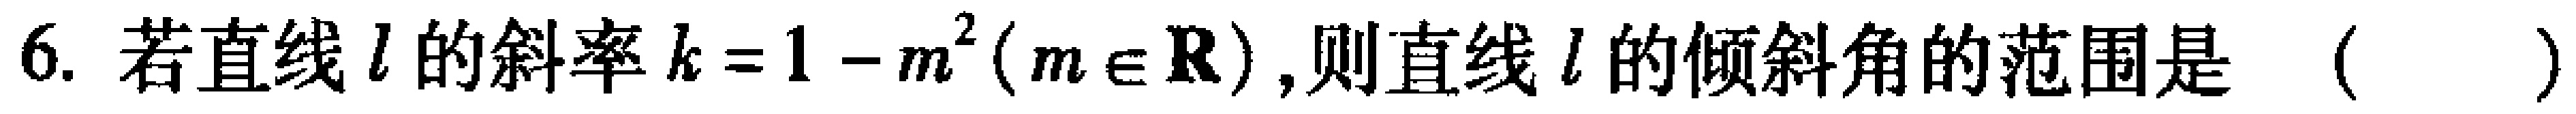
6. 若直线\(l\)的斜率\(k = 1 - m^{2}(m\in\mathbf{R})\),则直线\(l\)的倾斜角的范围是 （  ）